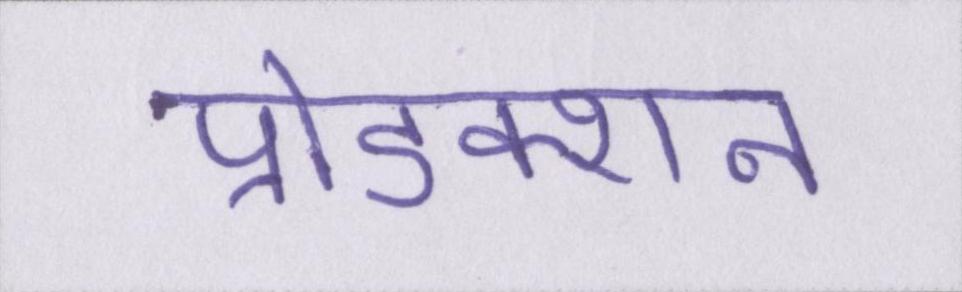
प्रोडक्शन